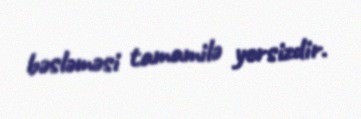
bəsləməsi tamamilə yersizdir.